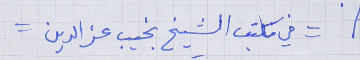
= في مكتب الشيخ نجيب عز الدين =